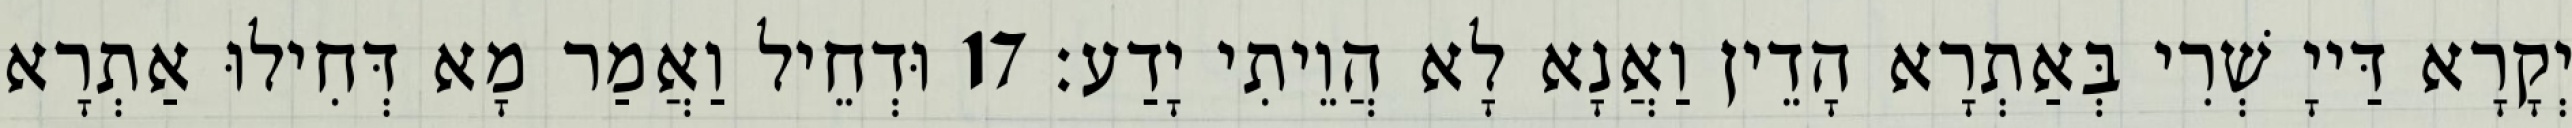
יְקָרָא דַּייָ שְׁרִי בְּאַתְרָא הָדֵין וַאֲנָא לָא הֲוֵיתִי יָדַע׃ 17 וּדְחֵיל וַאֲמַר מָא דְּחִילוּ אַתְרָא